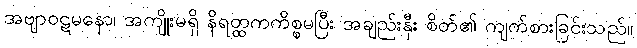
အဗျာဝဋမနော၊ အကျိုးမရှိ နိရတ္ထကကိစ္စမပြီး အချည်းနှီး စိတ်၏ ကျက်စားခြင်းသည်။